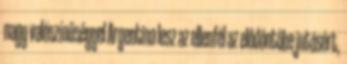
nagy valószínűséggel Argentína lesz az ellenfél az elődöntőbe jutásért,